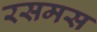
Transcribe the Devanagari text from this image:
रसमस